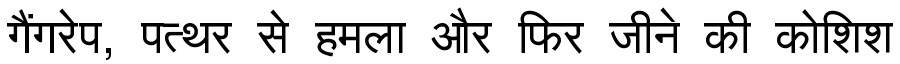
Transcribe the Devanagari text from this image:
गैंगरेप, पत्थर से हमला और फिर जीने की कोशिश